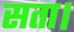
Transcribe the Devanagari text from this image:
सता।